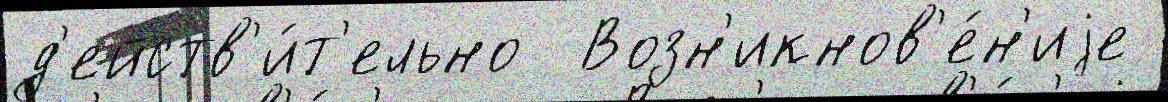
д'ейств'и́т'ельно  Возн'икнов'е́н'иjе